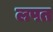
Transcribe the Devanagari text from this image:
लपत